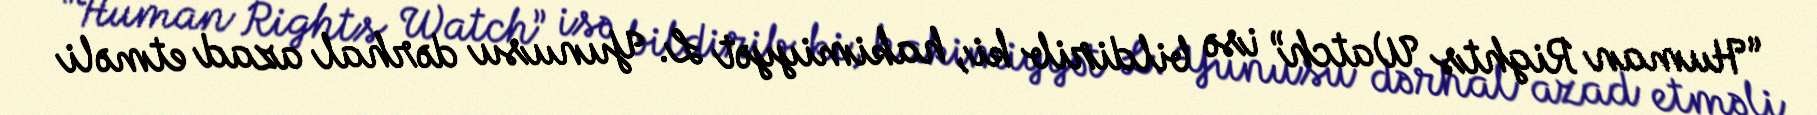
“Human Rights Watch” isə bildirib ki, hakimiyyət L. Yunusu dərhal azad etməli